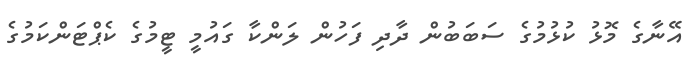
އޭނާގެ މޮޅު ކުޅުމުގެ ސަބަބުން ދާދި ފަހުން ލަންކާ ގައުމީ ޓީމުގެ ކެޕްޓަންކަމުގެ